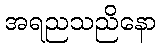
အရညသညိနော